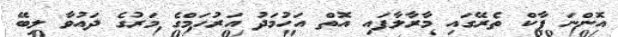
އޮންނަ ޕާކް ތެރޭގައި މާރާލާފައި އޮތް އަހުމަދު އަރުހަމްގެ މަރުގެ ދައުވާ ލިބޭ